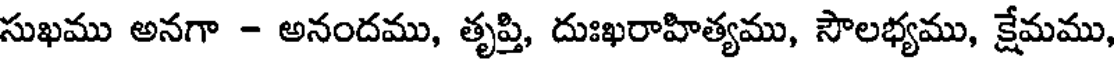
సుఖము అనగా - అనందము, తృప్తి, దుఃఖరాహిత్యము, సౌలభ్యము, క్షేమము,